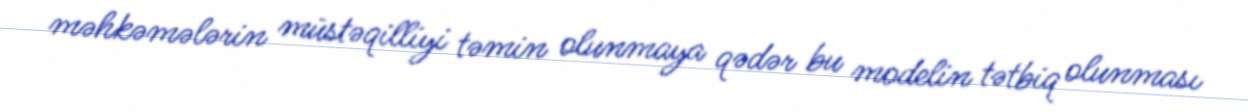
məhkəmələrin müstəqilliyi təmin olunmaya qədər bu modelin tətbiq olunması